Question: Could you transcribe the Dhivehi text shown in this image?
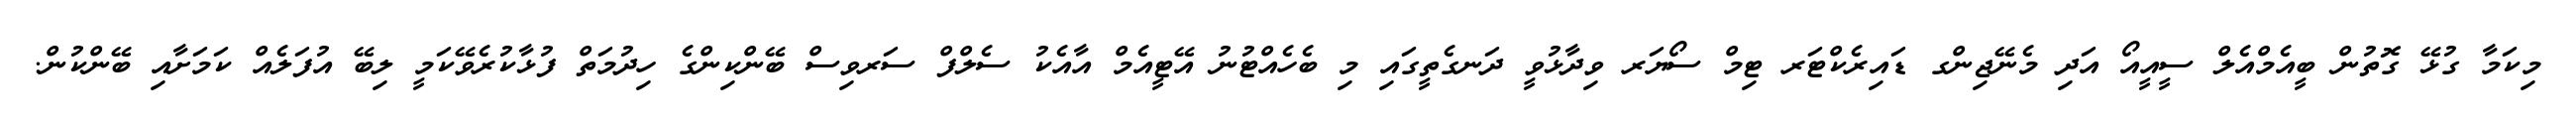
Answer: މިކަމާ ގުޅޭ ގޮތުން ބީއެމްއެލް ސީއީއޯ އަދި މެނޭޖިންގ ޑައިރެކްޓަރ ޓިމް ސޯޔަރ ވިދާޅުވީ ދަނގެތީގައި މި ބެހެއްޓުނު އޭޓީއެމް އާއެކު ސެލްފް ސަރވިސް ބޭންކިންގެ ހިދުމަތް ފުޅާކުރެވޭކަމީ ލިބޭ އުފަލެއް ކަމަށާއި ބޭންކުން.